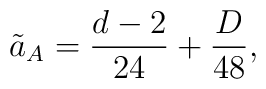
\tilde{a}_A = \frac{d-2}{24} + \frac{D}{48},